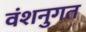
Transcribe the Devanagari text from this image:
वंशनुगत